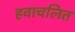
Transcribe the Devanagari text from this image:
हवाचलित